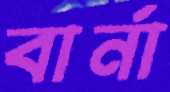
বার্না